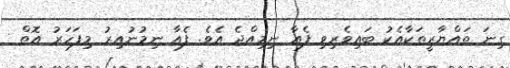
ގިނަ ތައްޔާރީތަކާއެކު ބައިވެރިވި ފެއާ ނިމިއްޖެ އެވެ. ފެއާ ނިމުނުއިރު މިފަހަރު އޮތް